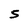
Character: 5